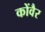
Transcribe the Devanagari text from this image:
कोंवैर